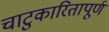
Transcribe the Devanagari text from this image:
चाटुकारितापूर्ण